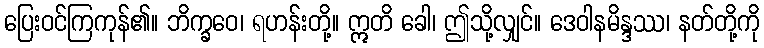
ပြေးဝင်ကြကုန်၏။ ဘိက္ခဝေ၊ ရဟန်းတို့။ ဣတိ ခေါ၊ ဤသို့လျှင်။ ဒေဝါနမိန္ဒဿ၊ နတ်တို့ကို